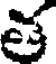
త